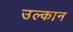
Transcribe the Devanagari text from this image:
उल्कान